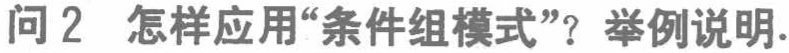
问2 怎样应用“条件组模式”？举例说明.